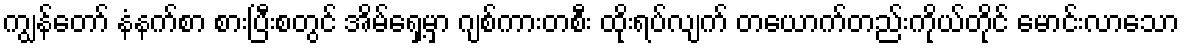
ကျွန်တော် နံနက်စာ စားပြီးစတွင် အိမ်ရှေ့မှာ ဂျစ်ကားတစီး ထိုးရပ်လျက် တယောက်တည်းကိုယ်တိုင် မောင်းလာသော